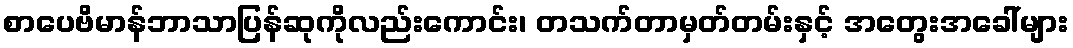
စာပေဗိမာန်ဘာသာပြန်ဆုကိုလည်းကောင်း၊ တသက်တာမှတ်တမ်းနှင့် အတွေးအခေါ်များ